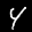
Label: 4